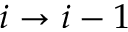
i \to i - 1